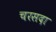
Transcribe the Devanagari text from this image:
चरसदा